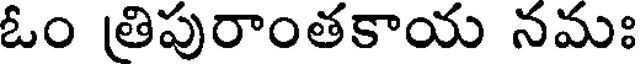
ఓం త్రిపురాంతకాయ నమః